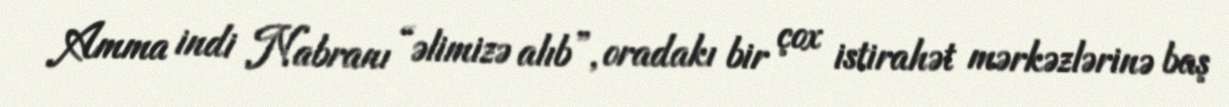
Amma indi Nabranı “əlimizə alıb”, oradakı bir çox istirahət mərkəzlərinə baş